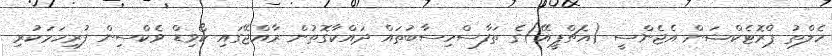
ހެލްތު ޕްރޮޓެކްޝަން އެޖެންސީ (އެޗްޕީއޭ)ގެ ތަފާސްހިސާބުތައް ދައްކާގޮތުން ރާއްޖޭގައި ކޯވިޑް ވެކްސިން ފުރިހަމަކުރި